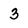
Character: 3